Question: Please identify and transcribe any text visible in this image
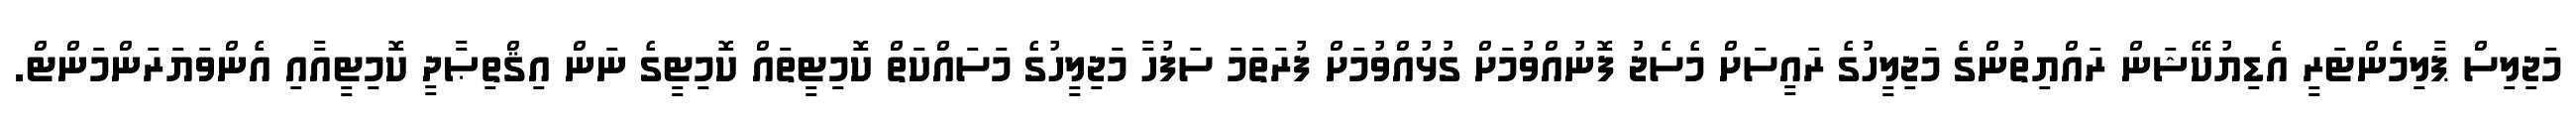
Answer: މަޖިލިސް ޕާލިމެންޓަރީ އެޑިޔުކޭޝަން ރައްޔިތުންގެ މަޖިލީހުގެ ރައީސަށް މެސެޖު ފޮނުއްވުމަށް ގުޅުއްވުމަށް ފުރަތަމަ ސަފުހާ މަޖިލީހުގެ މަސައްކަތް ކޮމިޓީތައް ކޮމިޓީގެ ނަން އިޤްތިޞާދީ ކޮމިޓީއާއި އެންވަޔަރަންމަންޓް.